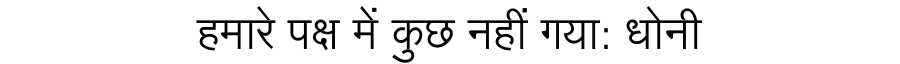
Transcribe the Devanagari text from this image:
हमारे पक्ष में कुछ नहीं गया: धोनी